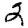
Digit: 2